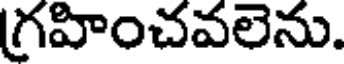
గ్రహించవలెను.